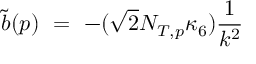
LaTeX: \tilde { b } ( p ) \ = \ - ( \sqrt { 2 } N _ { T , p } \kappa _ { 6 } ) \frac { 1 } { k ^ { 2 } }